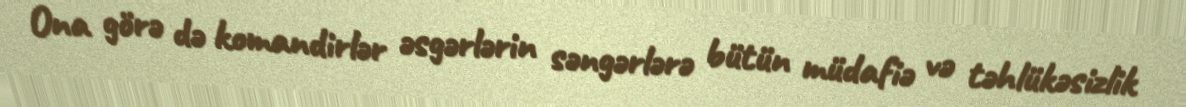
Ona görə də komandirlər əsgərlərin səngərlərə bütün müdafiə və təhlükəsizlik